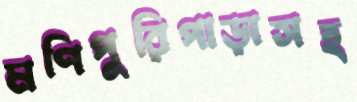
মণিপুরিপাড়াসহ